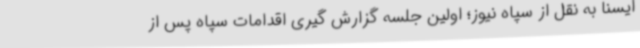
ایسنا به نقل از سپاه نیوز؛ اولین جلسه گزارش گیری اقدامات سپاه پس از